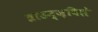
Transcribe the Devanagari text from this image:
ब्राउन्ज़विले